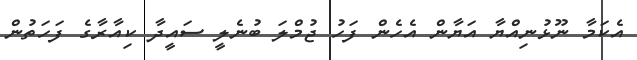
އެކަމާ ނޫޅުނިއްޔާ އަޔާން އެހެން ފަހު ޖުމްލަ ބުނެލީ ސައީދާ ކިއާރާގެ ފަހަތުން